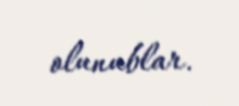
olunublar.